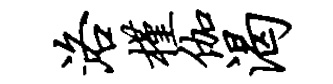
洛槿伽渴